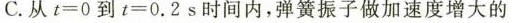
C.从$$t = 0$$到$$t = 0 . 2 s$$时间内，弹簧振子做加速度增大的